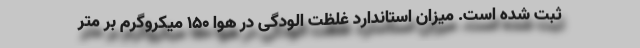
ثبت شده است. میزان استاندارد غلظت الودگی در هوا ۱۵۰ میکروگرم بر متر